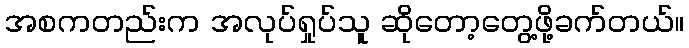
အစကတည်းက အလုပ်ရှုပ်သူ ဆိုတော့တွေ့ဖို့ခက်တယ်။